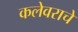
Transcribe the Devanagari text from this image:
कलेवराचे